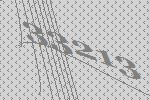
33213